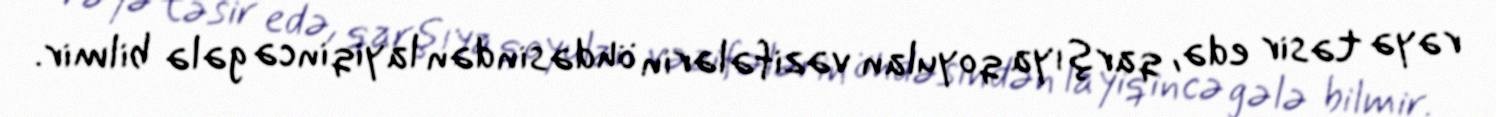
rəyə təsir edə, qarşıya qoyulan vəzifələrin öhdəsindən layiqincə gələ bilmir.